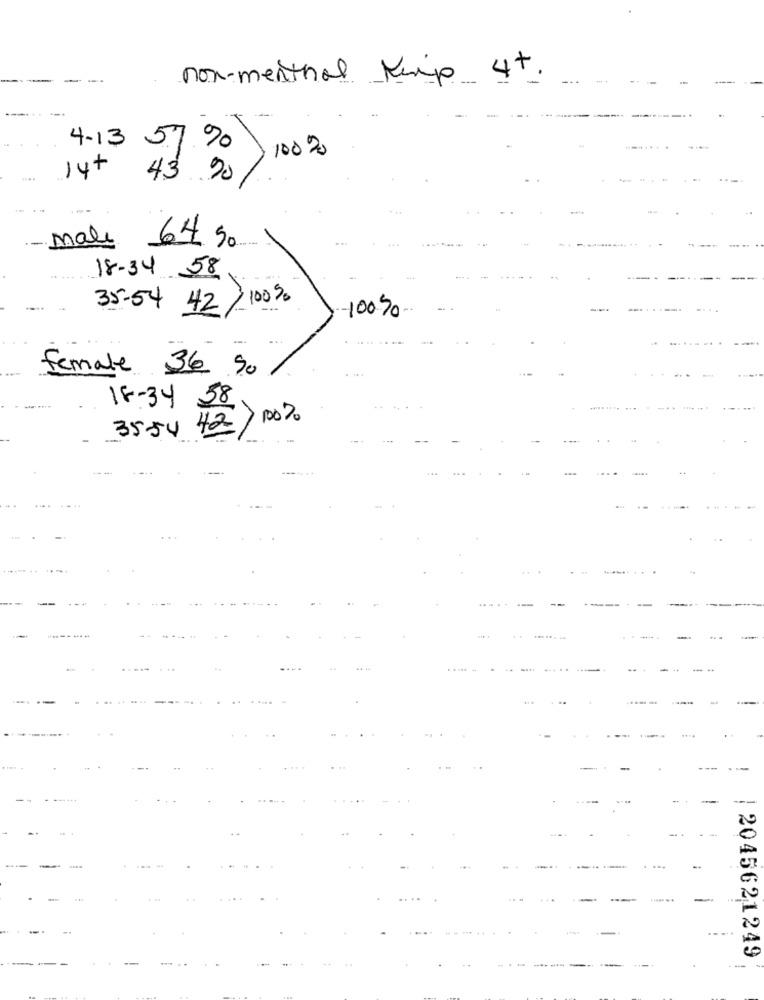
--
-
non-menthol Kuip 4+.
4-13
57 %
100%
14+
43.90
male
64 50
18-34 58
35.54 42/100%
-.
-100%0
female 36 90
18-34 58
35-54 42/ 100 %
...
----
...
--
-
-.
2045621249